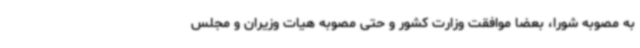
به مصوبه شورا، بعضا موافقت وزارت کشور و حتی مصوبه هیات وزیران و مجلس